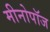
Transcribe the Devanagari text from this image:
मीनोपॉज